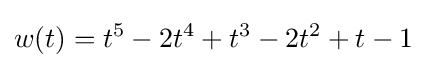
w(t)=t^{5}-2t^{4}+t^{3}-2t^{2}+t-1